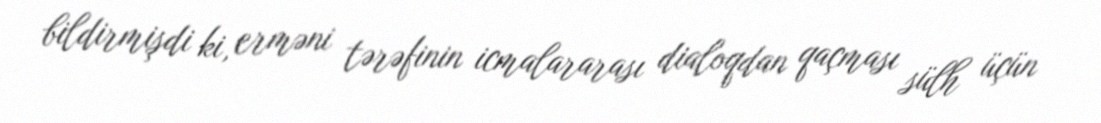
bildirmişdi ki, erməni tərəfinin icmalararası dialoqdan qaçması sülh üçün